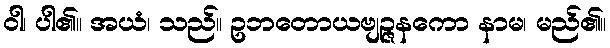
ဝါ၊ ပါ၏။ အယံ၊ သည်။ ဥဘတောယဗျဉ္ဇနကော နာမ၊ မည်၏။